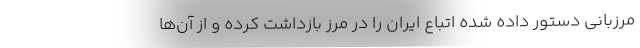
مرزبانی دستور داده شده اتباع ایران را در مرز بازداشت کرده و از آن‌ها